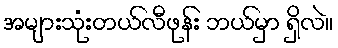
အများသုံးတယ်လီဖုန်း ဘယ်မှာ ရှိလဲ။